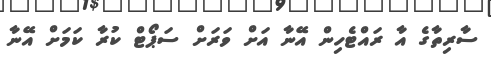
ސާރިތާގެ އާ ރައްޓެހިން އޭނާ އަށް ވަރަށް ސަޕޯޓް ކުރާ ކަމަށް އޭނާ